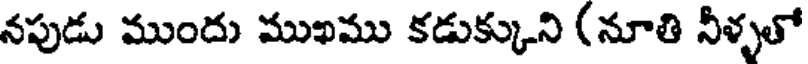
నపుడు ముందు ముఖము కడుక్కుని (నూతి నీళ్ళతో